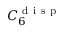
C _ { 6 } ^ { \mathrm { ~ d ~ i ~ s ~ p ~ } }